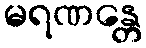
မရဏန္တေ